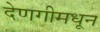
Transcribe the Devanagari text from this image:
देणगीमधून